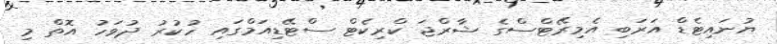
ޔުނައިޓެޑް އަރަބި އެމިރޭޓްސްގެ ޝާރްޖަ ކްރިކެޓް ސްޓޭޑިއަމްގައި ހުކުރު ދުވަހު އޮތް މި